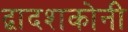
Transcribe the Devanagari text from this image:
द्वादशकोनी